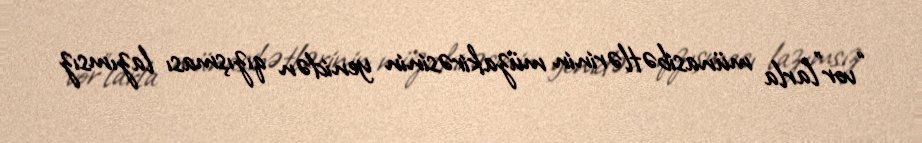
“vor”larla münasibətlərinin müzakirəsinin yenidən qızışması lazımsız